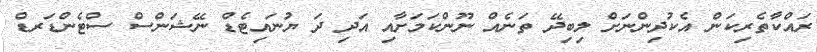
ރައްކާތެރިކަން އެކުދިންނަށް ލިބިދޭ ތަނެއް ނޫންކަމަށާއި އަދި ދަ ޔުނައިޓެޑް ނޭޝަންސް ސްޓެންޑަރޑް